Civil Veterinary Department. Central Provinces & Berar 1932-41 - 1932-1941
Year: 1932
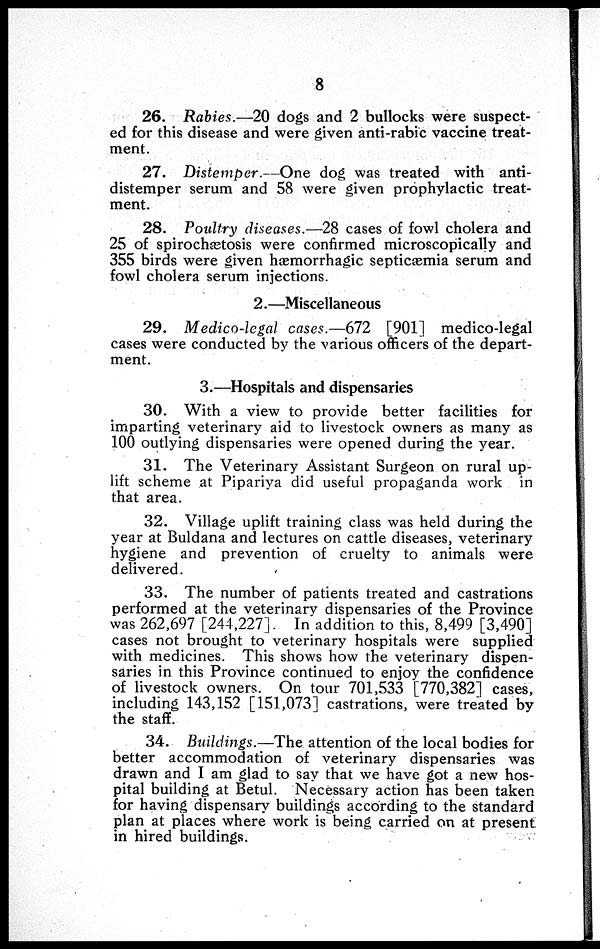
8
26. Rabies.—20 dogs and 2 bullocks were suspect-
ed for this disease and were given anti-rabic vaccine treat-
ment.
27. Distemper.—One dog was treated with anti-
distemper serum and 58 were given prophylactic treat-
ment.
28. Poultry diseases.—28 cases of fowl cholera and
25 of spirochætosis were confirmed microscopically and
355 birds were given hæmorrhagic septicemia serum and
fowl cholera serum injections.
2.—Miscellaneous
29. Medico-legal cases.—672 [901] medico-legal
cases were conducted by the various officers of the depart-
ment.
3.—Hospitals and dispensaries
30. With a view to provide better facilities for
imparting veterinary aid to livestock owners as many as
100 outlying dispensaries were opened during the year.
31. The Veterinary Assistant Surgeon on rural up-
lift scheme at Pipariya did useful propaganda work in
that area.
32. Village uplift training class was held during the
year at Buldana and lectures on cattle diseases, veterinary
hygiene and prevention of cruelty to animals were
delivered.
33. The number of patients treated and castrations
performed at the veterinary dispensaries of the Province
was 262,697 [244,227]. In addition to this, 8,499 [3,490]
cases not brought to veterinary hospitals were supplied
with medicines. This shows how the veterinary dispen-
saries in this Province continued to enjoy the confidence
of livestock owners. On tour 701,533 [770,382] cases,
including 143,152 [151,073] castrations, were treated by
the staff.
34. Buildings.—The attention of the local bodies for
better accommodation of veterinary dispensaries was
drawn and I am glad to say that we have got a new hos-
pital building at Betul. Necessary action has been taken
for having dispensary buildings according to the standard
plan at places where work is being carried on at present
in hired buildings.